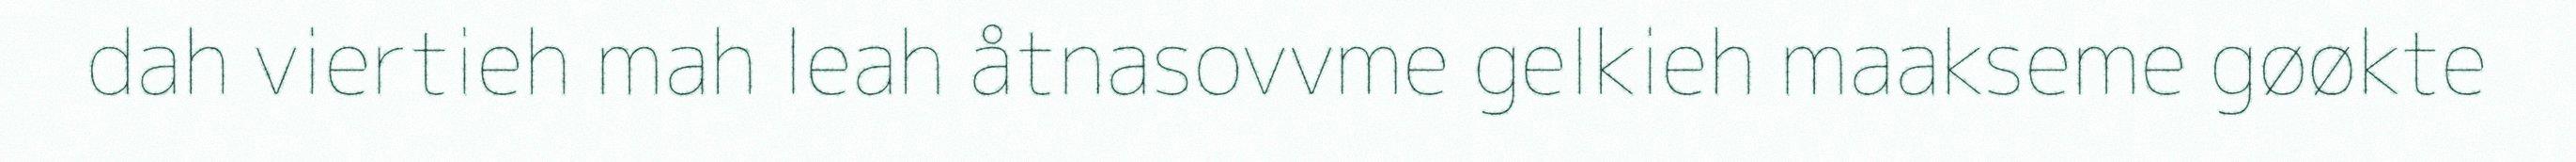
dah viertieh mah leah åtnasovvme gelkieh maakseme gøøkte